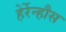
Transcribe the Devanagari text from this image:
हेर्रेन्हौस